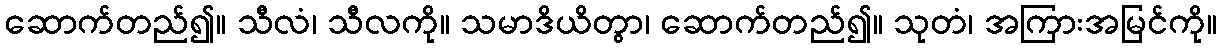
ဆောက်တည်၍။ သီလံ၊ သီလကို။ သမာဒိယိတွာ၊ ဆောက်တည်၍။ သုတံ၊ အကြားအမြင်ကို။